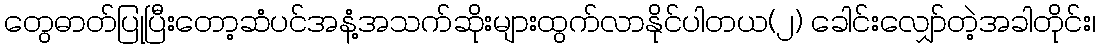
တွေဓာတ်ပြုပြီးတော့ဆံပင်အနံ့အသက်ဆိုးများထွက်လာနိုင်ပါတယ(၂) ခေါင်းလျှော်တဲ့အခါတိုင်း၊